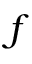
f